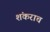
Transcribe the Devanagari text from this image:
शंकराच